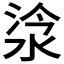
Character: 𣵂